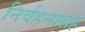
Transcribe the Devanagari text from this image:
निर्वहनासह